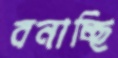
বনাচ্ছি